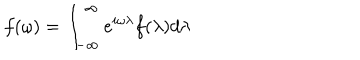
LaTeX: f ( \omega ) = \int _ { - \infty } ^ { \infty } e ^ { i \omega \lambda } f ( \lambda ) d \lambda